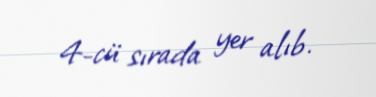
4-cü sırada yer alıb.